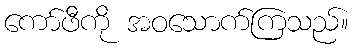
ကော်ဖီကို အဝသောက်ကြသည်။